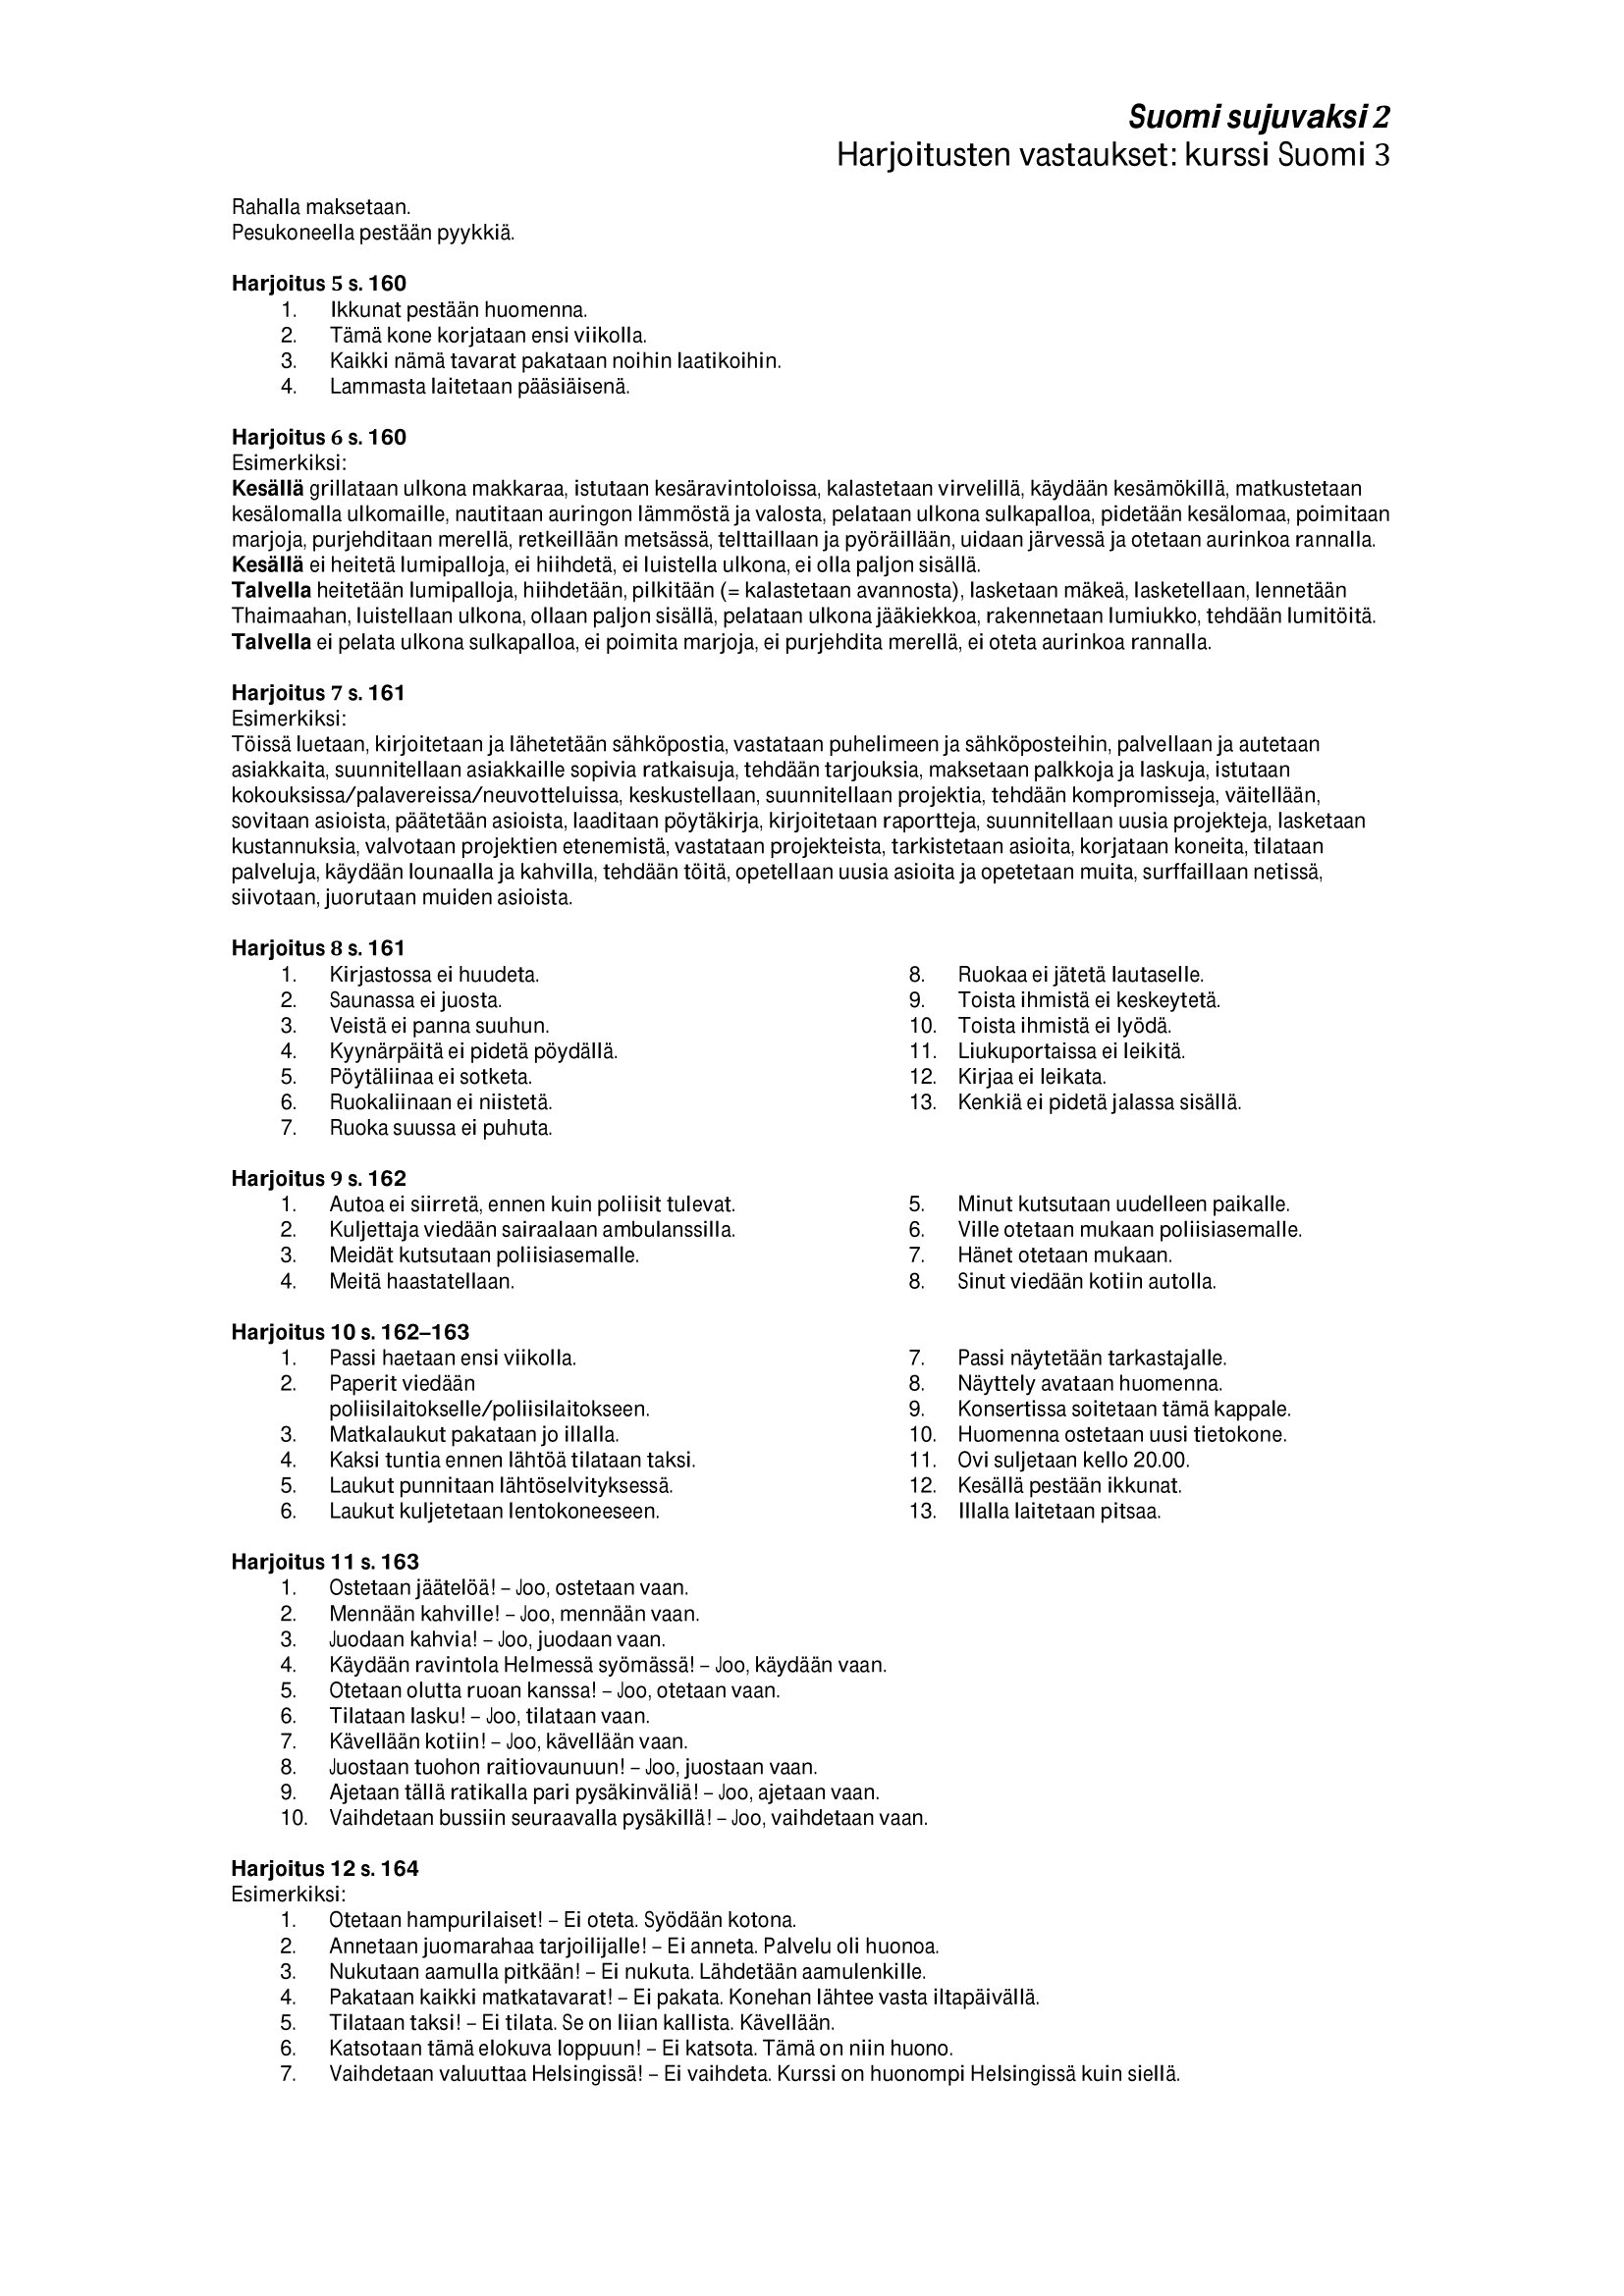
Language: fn